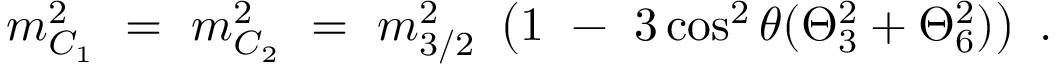
m _ { C _ { 1 } } ^ { 2 } \ = \ m _ { C _ { 2 } } ^ { 2 } \ = \ m _ { 3 / 2 } ^ { 2 } \ \left( 1 \ - \ 3 \cos ^ { 2 } \theta ( \Theta _ { 3 } ^ { 2 } + \Theta _ { 6 } ^ { 2 } ) \right) \ .